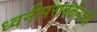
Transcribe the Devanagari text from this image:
ध्वनीपरावर्तनाची